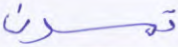
تمسون